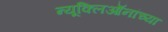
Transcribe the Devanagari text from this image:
न्यूक्लिऑनांच्या